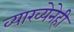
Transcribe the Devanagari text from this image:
व्याख्येनेही